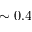
\sim 0 . 4